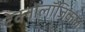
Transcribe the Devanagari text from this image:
टेक्नोलॉजिकल